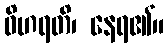
ဝိဟရတိ၊ နေရ၏။